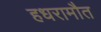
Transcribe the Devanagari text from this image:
हधरामौत